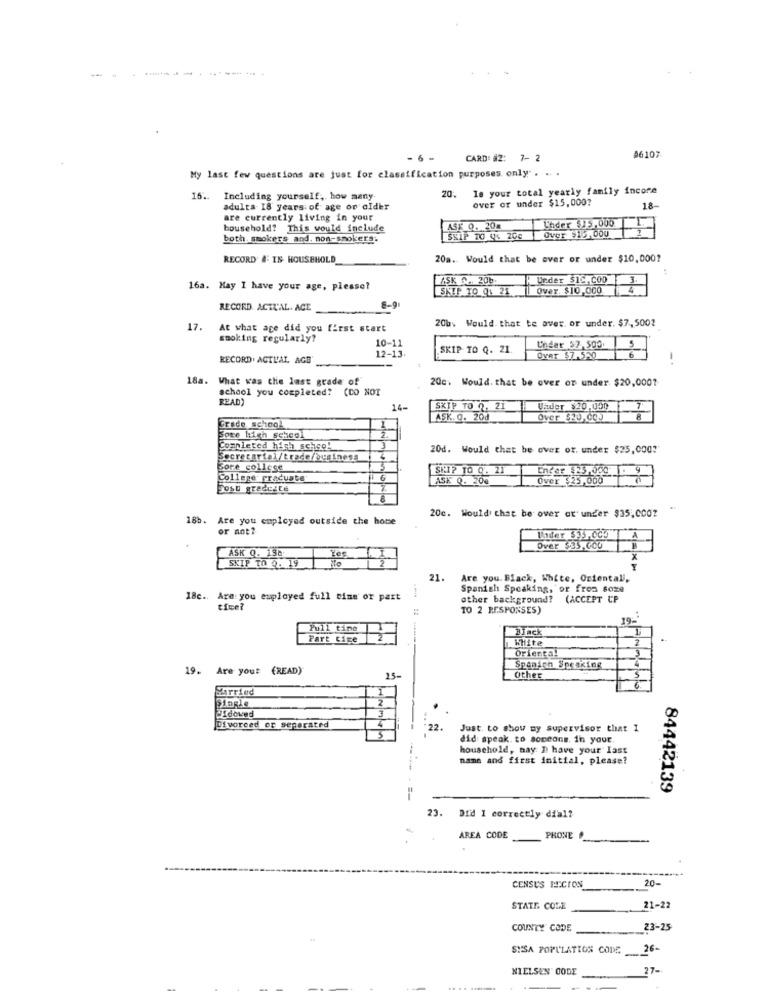
CARD: #2: 7- 2
46107
My last few questions are just for classification purposes only . .
20.
Is your total yearly family incore
16 .. Including yourself, how many
over or under $15,000?
adults 18 years of age or older
18-
are currently living in your
household? This would include
ASK 0. 20m
Under $15,000 [
both. smokers and. non-smokers.
SKIP TO QL 20C
Over $15,000
RECORD # IS HOUSEHOLD_
20a. Would that be over or under $10,000?
ASK . 20b.
Under $1C, C00
3.
16a. May I have your age, please?
SKIP TO Q1 21
Over $10,000
RECORD ACTUAL. ACE
20b. Would that te aver, or under. $7,500?
17.
At what age did you first start
smoking regularly?
10-11
12-13
SKIP TO Q. 21.
Under $7,500
S
RECORD. ACTL'AL AGE
Over $7.550
6
18a. What was the last grade of
20c. Would. that be over on under $20,0001
school you completed? (CO NOT
READ)
14-
SKIP TO 0, 21
Vader $20,000
Grade school
ASK. Q. 20d
over SEU,COJ
Fote High school
2.
Completed high schoo!
20d. Would that be over or. under $25,000?
Secrecartal/trade/business
Sore collese
SEI? 10 0. 21
Encar $25,000 1. 9
College graduate
ASK Q. 200
Over $25,000
Post graduate
18b.
Are you employed outside the home
20c. Would that be over at under $35,0007
or not?
Tader $33,CCO
1
ASK Q. 198
Over $35,000
SKIP TO 0. 19
21.
Are you. Black, White, Orientali,
Spanish Speaking, or from soze
18c .. Are you euployed full time or part
other background? (ACCEPT CP
tive?
TO 2 RESPONSES)
19-
Pull tine
Black
Part time
White
Oriental
3
19. Are you? (READ)
Spamich Speaking
25-
Other
5
Married
Widoved
Divorced or separated
Just. to show my supervisor that I
did speak to someone. in your
household, nay D have your Iast
name and first initial, please?
84442139
. Did 1 correctly dial?
AREA CODE
PHONE
20-
CENSUS PECION
STATE COLE
21-22
COUNTY CODE
23-25
SISA POPULATION CODE
26-
NIELSEN CODE
27-
-
.4